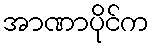
အာဏာပိုင်က